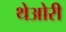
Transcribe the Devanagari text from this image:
थेओरी